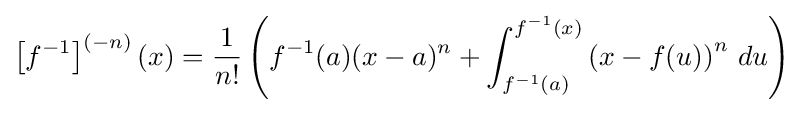
\left[f^{-1}\right]^{(-n)}(x)={\frac {1}{n!}}\left(f^{-1}(a)(x-a)^{n}+\int _{f^{-1}(a)}^{f^{-1}(x)}\left(x-f(u)\right)^{n}\,du\right)